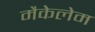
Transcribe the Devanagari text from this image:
मैकेलेम